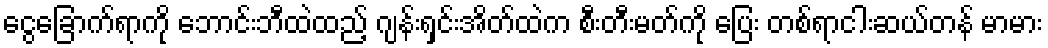
ငွေခြောက်ရာကို ဘောင်းဘီထဲထည့် ဂျန်းရှင်းအိတ်ထဲက စီးတီးမတ်ကို ပြေး တစ်ရာငါးဆယ်တန် မာမား